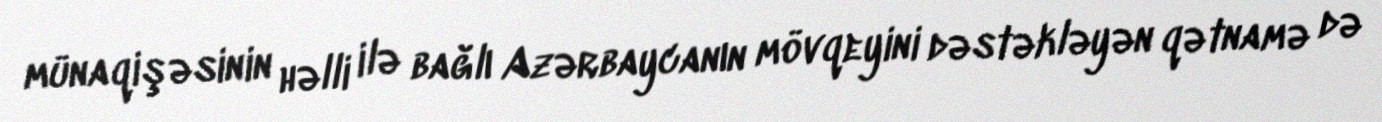
münaqişəsinin həlli ilə bağlı Azərbaycanın mövqeyini dəstəkləyən qətnamə də